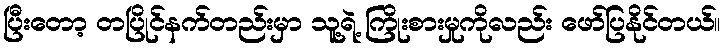
ပြီးတော့ တပြိုင်နက်တည်းမှာ သူ့ရဲ့ ကြိုးစားမှုကိုလည်း ဖော်ပြနိုင်တယ်။